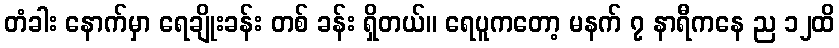
တံခါး နောက်မှာ ရေချိုးခန်း တစ် ခန်း ရှိတယ်။ ရေပူကတော့ မနက် ၇ နာရီကနေ ည ၁၂ထိ